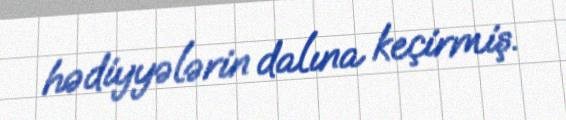
hədiyyələrin dalına keçirmiş.